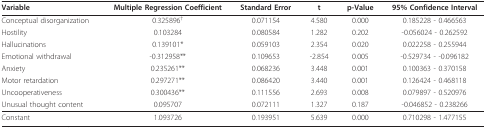
<table><thead><tr><td><b>Variable</b></td><td><b>Multiple Regression Coefficient</b></td><td><b>Standard Error</b></td><td><b>t</b></td><td><b>p-Value</b></td><td><b>95% Confidence Interval</b></td></tr></thead><tbody><tr><td>Conceptual disorganization</td><td>0.325896<sup>†</sup></td><td>0.071154</td><td>4.580</td><td>0.000</td><td>0.185228 - 0.466563</td></tr><tr><td>Hostility</td><td>0.103284</td><td>0.080584</td><td>1.282</td><td>0.202</td><td>-0.056024 - 0.262592</td></tr><tr><td>Hallucinations</td><td>0.139101*</td><td>0.059103</td><td>2.354</td><td>0.020</td><td>0.022258 - 0.255944</td></tr><tr><td>Emotional withdrawal</td><td>-0.312958**</td><td>0.109653</td><td>-2.854</td><td>0.005</td><td>-0.529734 - -0.096182</td></tr><tr><td>Anxiety</td><td>0.235261**</td><td>0.068236</td><td>3.448</td><td>0.001</td><td>0.100363 - 0.370158</td></tr><tr><td>Motor retardation</td><td>0.297271**</td><td>0.086420</td><td>3.440</td><td>0.001</td><td>0.126424 - 0.468118</td></tr><tr><td>Uncooperativeness</td><td>0.300436**</td><td>0.111556</td><td>2.693</td><td>0.008</td><td>0.079897 - 0.520976</td></tr><tr><td>Unusual thought content</td><td>0.095707</td><td>0.072111</td><td>1.327</td><td>0.187</td><td>-0.046852 - 0.238266</td></tr><tr><td>Constant</td><td>1.093726</td><td>0.193951</td><td>5.639</td><td>0.000</td><td>0.710298 - 1.477155</td></tr></tbody></table>